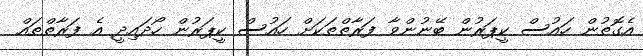
އެގޮތުން ހައުސް ކީޕަރުން ބޭނުންވާ ފަރާތްތަކަށް ހައުސް ކީޕަރުން ހޯދައިދީ އެ ފަރާތްތައް